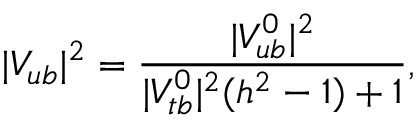
| V _ { u b } | ^ { 2 } = \frac { | V _ { u b } ^ { 0 } | ^ { 2 } } { | V _ { t b } ^ { 0 } | ^ { 2 } ( h ^ { 2 } - 1 ) + 1 } ,